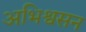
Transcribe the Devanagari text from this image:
अभिश्वसन